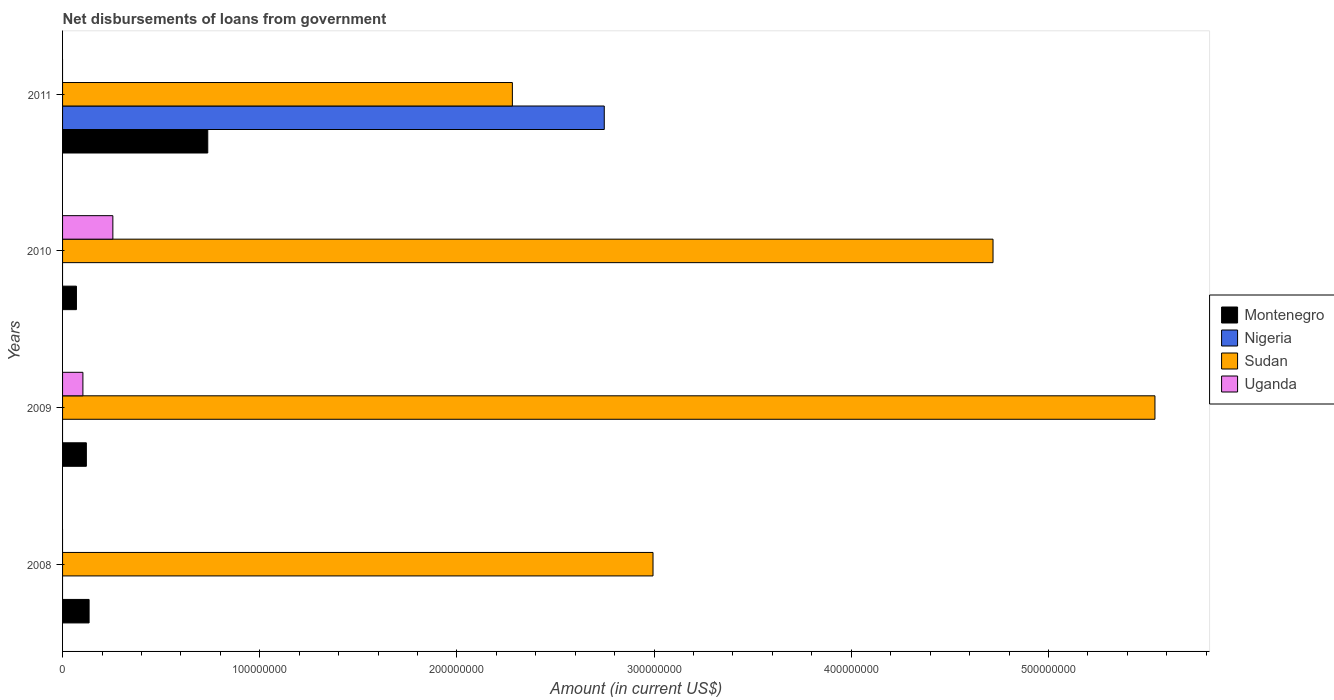
| Years | Montenegro | Nigeria | Sudan | Uganda |
 | --- | --- | --- | --- | --- |
 | 2008 | 1.35e+07 | -2.17e+07 | 2.99e+08 | -1.44e+07 |
 | 2009 | 1.21e+07 | -8.32e+07 | 5.54e+08 | 1.03e+07 |
 | 2010 | 7.04e+06 | -3.97e+07 | 4.72e+08 | 2.55e+07 |
 | 2011 | 7.36e+07 | 2.75e+08 | 2.28e+08 | -5.98e+06 |